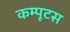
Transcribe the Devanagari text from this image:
कम्पूटस